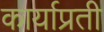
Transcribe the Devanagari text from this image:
कार्याप्रती